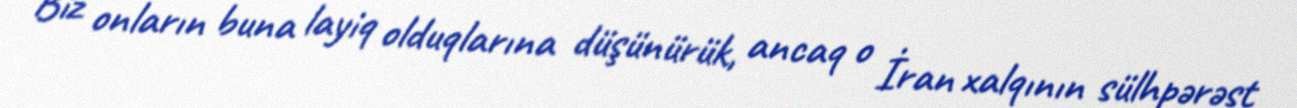
Biz onların buna layiq olduqlarına düşünürük, ancaq o İran xalqının sülhpərəst